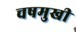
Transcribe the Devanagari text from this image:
चषमुखी